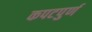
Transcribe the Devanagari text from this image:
कपटपुर्ण